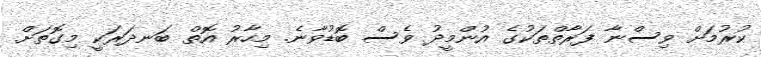
ކުރުމަށް ވިސްނާ ފަރާތްތަކުގެ އުންމީދު ވެސް ބޮޑުވާނެ. މިހާރު އޮތް ބަނދަރަކީ މިގޮތަށް